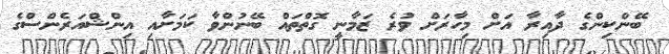
ބޭންކިންގެ ދާއިރާ އަށް މިހާރަށް ވުރެ ޒަމާނީ ގޮތްތައް ބޭނުންވާ ކަމަށާއި އިންޝްއަރެންސްގެ